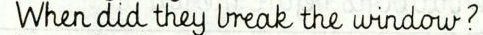
When did they break the window?